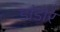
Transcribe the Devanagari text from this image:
डांडोर